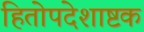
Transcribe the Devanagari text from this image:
हितोपदेशाष्टक